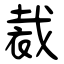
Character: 裁